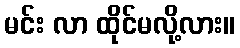
မင်း လာ ထိုင်မလို့လား။